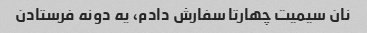
نان سیمیت چهارتا سفارش دادم، یه دونه فرستادن